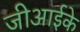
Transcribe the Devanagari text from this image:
जीआईके